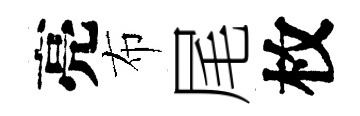
亮布尾枚